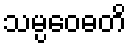
သမ္ပဝေဓတိ